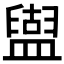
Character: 𥂤